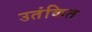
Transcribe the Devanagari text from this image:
उतंकित